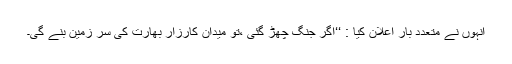
انہوں نے متعدد بار اعلان کیا : ‘‘اگر جنگ چھڑ گئی ،تو میدانِ کارزار بھارت کی سر زمین بنے گی۔